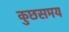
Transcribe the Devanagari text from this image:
कुछसमय